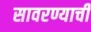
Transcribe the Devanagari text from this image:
सावरण्याची